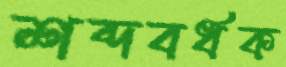
শব্দবর্ধক